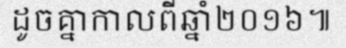
ដូចគ្នាកាលពីឆ្នាំ២០១៦៕